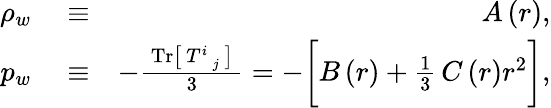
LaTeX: \begin{array}{rlr}{\rho_{w}}&{{}\equiv}&{A\left(r\right),}\\ {p_{w}}&{{}\equiv}&{-\frac{~\mathrm{Tr}\big[\, T_{\, \, \, j}^{i}\, \big]~}{3}=-\bigg[B\left(r\right)+\frac{1}{3}\, C\left(r\right)r^{2}\bigg],}\end{array}